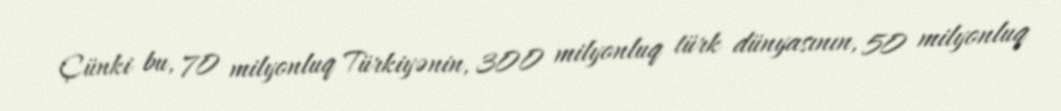
Çünki bu, 70 milyonluq Türkiyənin, 300 milyonluq türk dünyasının, 50 milyonluq